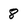
Character: 8